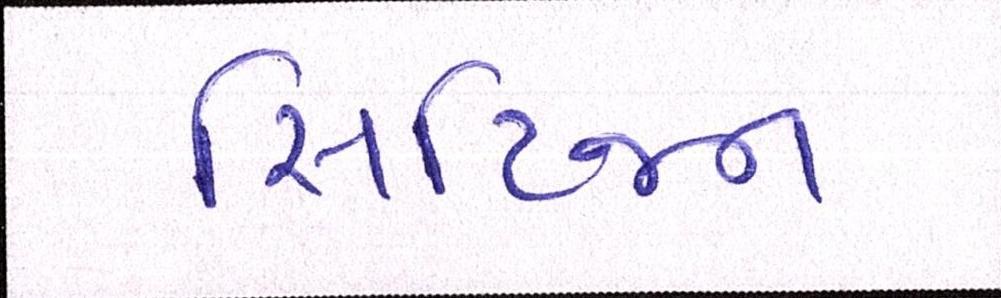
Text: સિટિજન